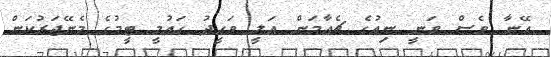
އޭނާ ވެސް ވަނީ ނިއުގެ ޗެއާމަން އަލީ ވަހީދު ގައުމީ ޓީމުގެ މެނޭޖަރުކަން